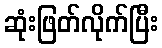
ဆုံးဖြတ်လိုက်ပြီး